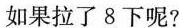
如果拉了 8 下呢?